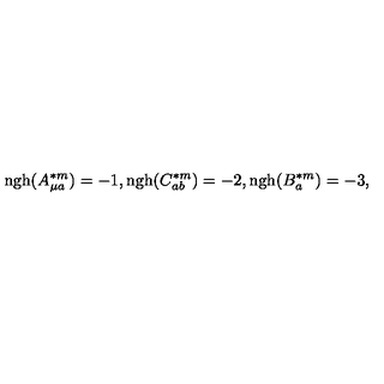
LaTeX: \mathrm { n g h } ( A _ { \mu a } ^ { \ast m } ) = - 1 , \mathrm { n g h } ( C _ { a b } ^ { \ast m } ) = - 2 , \mathrm { n g h } ( B _ { a } ^ { \ast m } ) = - 3 ,